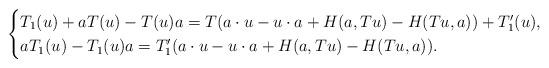
LaTeX: \begin{align*}\begin{cases} T_1(u) + a T(u) - T(u) a = T(a \cdot u -u \cdot a + H (a, Tu) - H (Tu, a)) + T_1'(u),\\a T_1(u) - T_1(u) a = T_1' (a \cdot u-u \cdot a + H (a, Tu) - H (Tu, a)).\end{cases}\end{align*}